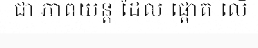
ជា ភាពយន្ត ដែល ផ្តោត លើ